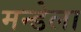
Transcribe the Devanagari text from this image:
मन्डेला